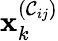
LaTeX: \mathbf{x}_{k}^{(\mathcal{{C}}_{ij})}